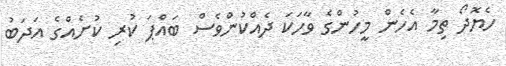
ހެޔޮދޯ ތިމާ އެެހެން މީހުންގެ ވާހަކަ ދެއްކުންވެސް ބައްޕަ ކުރި ކުށެއްގެ އަދަބު